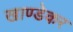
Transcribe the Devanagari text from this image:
खाण्डेकर